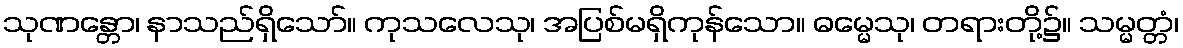
သုဏန္တော၊ နာသည်ရှိသော်။ ကုသလေသု၊ အပြစ်မရှိကုန်သော။ ဓမ္မေသု၊ တရားတို့၌။ သမ္မတ္တံ၊